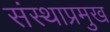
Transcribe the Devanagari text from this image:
संस्थाप्रमुख